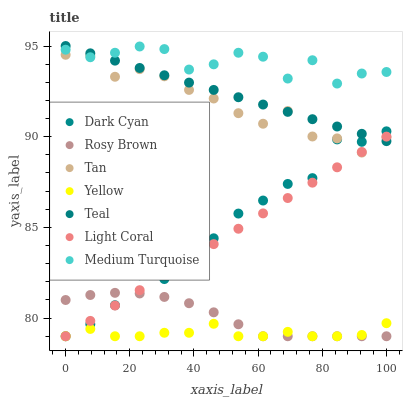
| xaxis_label | Dark Cyan | Rosy Brown | Tan | Yellow | Teal | Light Coral | Medium Turquoise |
 | --- | --- | --- | --- | --- | --- | --- | --- |
 | 0 | 79 | 81 | 94.5 | 79 | 95 | 79 | 94.8 |
 | 7.69 | 79.7 | 81.3 | 94.5 | 79.4 | 94.6 | 79.8 | 94.4 |
 | 15.4 | 80.7 | 81.4 | 93.3 | 79 | 94.2 | 80.7 | 94.6 |
 | 23.1 | 82.4 | 81.4 | 93.7 | 79 | 93.8 | 81.5 | 95 |
 | 30.8 | 82.2 | 81.2 | 93.3 | 79.2 | 93.4 | 82.4 | 94.8 |
 | 38.5 | 83.7 | 80.8 | 92.6 | 79.2 | 93 | 83.2 | 93.7 |
 | 46.2 | 84.4 | 80.3 | 92.1 | 79.7 | 92.6 | 84.1 | 94 |
 | 53.8 | 85.8 | 79.7 | 91.3 | 79 | 92.2 | 84.9 | 94.6 |
 | 61.5 | 86.5 | 79 | 90.7 | 79 | 91.8 | 85.8 | 94.4 |
 | 69.2 | 87.4 | 79 | 91.4 | 79.2 | 91.4 | 86.6 | 93.2 |
 | 76.9 | 87.7 | 79 | 90 | 79 | 91 | 87.5 | 94.2 |
 | 84.6 | 89.9 | 79 | 89.9 | 79 | 90.6 | 88.3 | 92.9 |
 | 92.3 | 89.7 | 79 | 89.1 | 79.1 | 90.2 | 89.2 | 93.5 |
 | 100 | 90.3 | 79 | 90 | 79.7 | 89.8 | 90 | 93.6 |